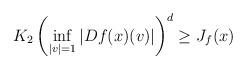
LaTeX: \begin{align*}K_{2}\left(\inf_{|v|=1}|Df(x)(v)|\right)^d \geq J_{f}(x) \end{align*}